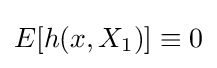
E[h(x,X_{1})]\equiv 0